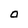
Character: O